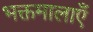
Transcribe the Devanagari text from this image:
भक्तमालाएँ